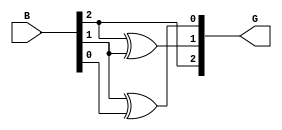
module GrayCodeEncoder #(
    parameter N = 3  // Default to 3 bits, can be modified
)(
    input  [N-1:0] B,  // Binary input
    output [N-1:0] G   // Gray code output
);

    // Gray code conversion logic
    assign G[N-1] = B[N-1];                     // MSB is the same
    genvar i;
    generate
        for (i = N-2; i >= 0; i = i - 1) begin : gray_code_gen
            assign G[i] = B[i+1] ^ B[i];        // XOR of current bit and previous bit
        end
    endgenerate

endmodule